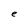
Character: e